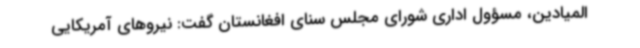
المیادین، مسؤول اداری شورای مجلس سنای افغانستان گفت: نیروهای آمریکایی